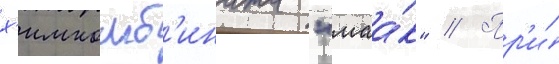
х'имкомб'ината "маа́к" // Пр'и́